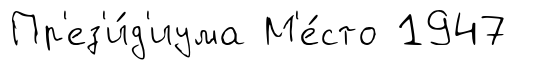
Пр'ез'и́д'иума М'е́сто 1947